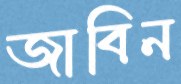
জাবিন